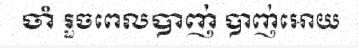
ចាំ រួចពេលបាញ់ បាញ់អោយ